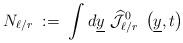
LaTeX: \begin{align*}N_{\ell/r} \; :=\; \int d\underline{y}~\widehat{{\mathcal J}}_{\ell/r}^0 \; \left( \underline{y}, t\right)\end{align*}